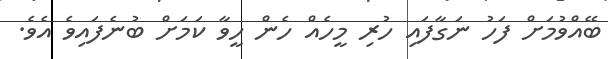
ބޭއްވުމަށް ފަހު ނަގާފައި ހުރި މީހެއް ހެން ހީވާ ކަމަށް ބުނެފައިވެ އެވެ.